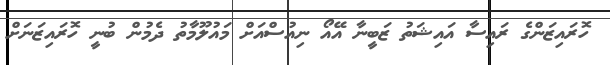
ހޮރައިޒަންގެ ރައިސާ އައިޝަތު ޒަބީނާ އޭއޯ ނިއުސްއަށް މައުލޫމާތު ދެމުން ބުނީ ހޮރައިޒަނަށް